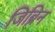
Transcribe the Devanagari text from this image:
जिब्रिन